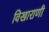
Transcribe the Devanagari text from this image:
विखाराणी